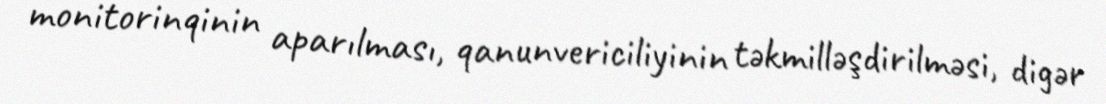
monitorinqinin aparılması, qanunvericiliyinin təkmilləşdirilməsi, digər